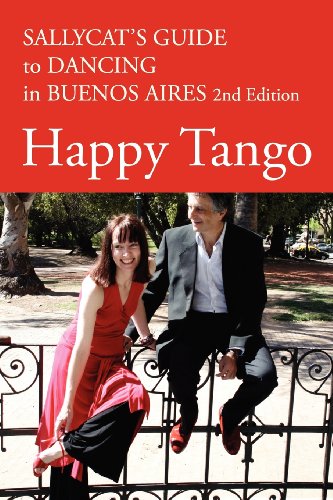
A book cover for Happy Tango: Sallycat's Guide to Dancing in Buenos Aires 2nd Edition; Sally Blake; Travel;